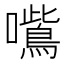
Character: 𭌦